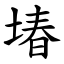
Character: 堾